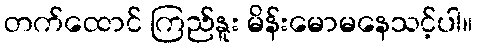
တက်ထောင် ကြည်နူး မိန်းမောမနေသင့်ပါ။